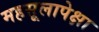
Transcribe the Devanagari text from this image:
महसूलापेक्षा